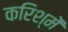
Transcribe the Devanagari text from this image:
करिश्में